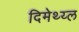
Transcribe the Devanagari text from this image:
दिमेथ्य्ल